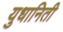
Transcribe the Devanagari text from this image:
युधानिती